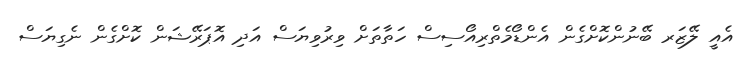
އެއީ ލޭޒަރ ބޭނުންކޮށްގެން އެންޑޯމެތްރިއޯސިސް ހަތާތަށް ވިރުވިޔަސް އަދި އޮޕަރޭޝަން ކޮށްގެން ނެގިޔަސް